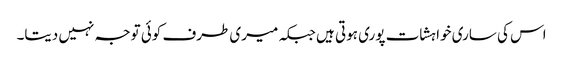
اس کی ساری خواہشات پوری ہوتی ہیں جبکہ میری طرف کوئی توجہ نہیں دیتا۔